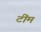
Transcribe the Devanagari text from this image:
टींम